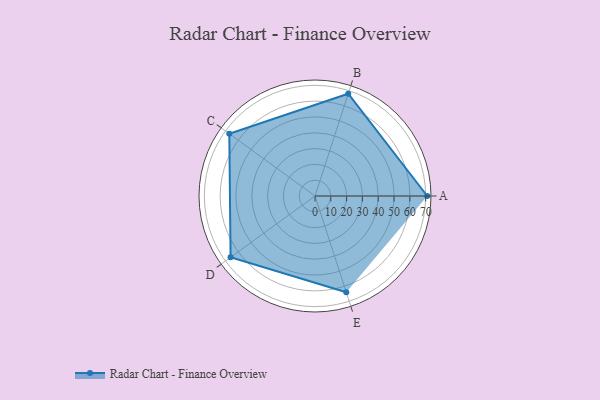
{"axis": {"x": "Skill", "y": "Score"}, "legend": ["Profile"], "data": [{"x": "A", "y": 71.0, "type": "Profile"}, {"x": "B", "y": 68.0, "type": "Profile"}, {"x": "C", "y": 67.0, "type": "Profile"}, {"x": "D", "y": 66.0, "type": "Profile"}, {"x": "E", "y": 64.0, "type": "Profile"}]}